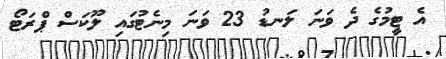
އެ ޓީމުގެ ދެ ވަނަ ލަނޑު 23 ވަނަ މިނެޓުގައި ލޫކަސް ޕްރަޓޯ